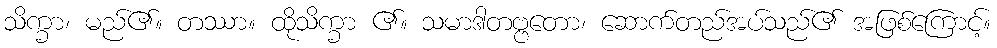
သိက္ခာ၊ မည်၏။ တဿာ။ ထိုသိက္ခာ ၏။ သမာဒါတဗ္ဗတော၊ ဆောက်တည်အပ်သည်၏ အဖြစ်ကြောင့်။